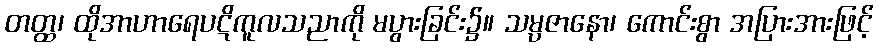
တတ္ထ၊ ထိုအာဟာရေပဋိကူလသညာကို မပွားခြင်း၌။ သမ္ပဇာနော၊ ကောင်းစွာ အပြားအားဖြင့်